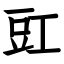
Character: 豇